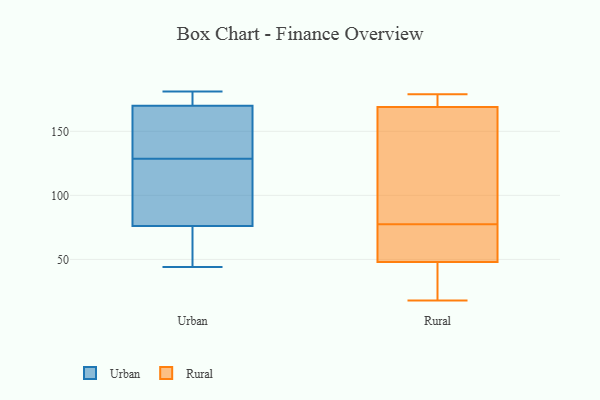
{"axis": {"x": "Operating Costs (USD K)", "y": "Value"}, "legend": ["Rural", "Urban"], "data": [{"x": "", "y": 177, "type": "Urban"}, {"x": "", "y": 109, "type": "Urban"}, {"x": "", "y": 81, "type": "Urban"}, {"x": "", "y": 170, "type": "Urban"}, {"x": "", "y": 52, "type": "Urban"}, {"x": "", "y": 76, "type": "Urban"}, {"x": "", "y": 181, "type": "Urban"}, {"x": "", "y": 148, "type": "Urban"}, {"x": "", "y": 44, "type": "Urban"}, {"x": "", "y": 149, "type": "Urban"}, {"x": "", "y": 106, "type": "Rural"}, {"x": "", "y": 39, "type": "Rural"}, {"x": "", "y": 83, "type": "Rural"}, {"x": "", "y": 175, "type": "Rural"}, {"x": "", "y": 18, "type": "Rural"}, {"x": "", "y": 72, "type": "Rural"}, {"x": "", "y": 53, "type": "Rural"}, {"x": "", "y": 48, "type": "Rural"}, {"x": "", "y": 179, "type": "Rural"}, {"x": "", "y": 169, "type": "Rural"}]}